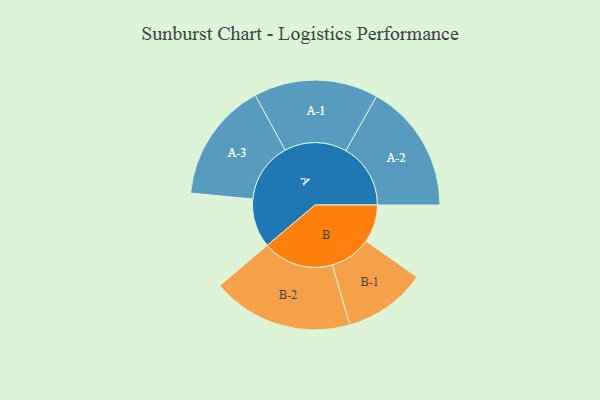
{"axis": {"x": "Segment", "y": "Value"}, "legend": ["", "A", "B"], "data": [{"x": "A", "y": 192, "type": ""}, {"x": "B", "y": 148, "type": ""}, {"x": "A-1", "y": 244, "type": "A"}, {"x": "A-2", "y": 254, "type": "A"}, {"x": "A-3", "y": 235, "type": "A"}, {"x": "B-1", "y": 162, "type": "B"}, {"x": "B-2", "y": 277, "type": "B"}]}